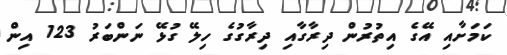
ކަމަށާއި އޭގެ އިތުރުން ދިރާގާއި ދިރާގުގެ ހިލޭ ގުޅޭ ނަންބަރު 123 އިން